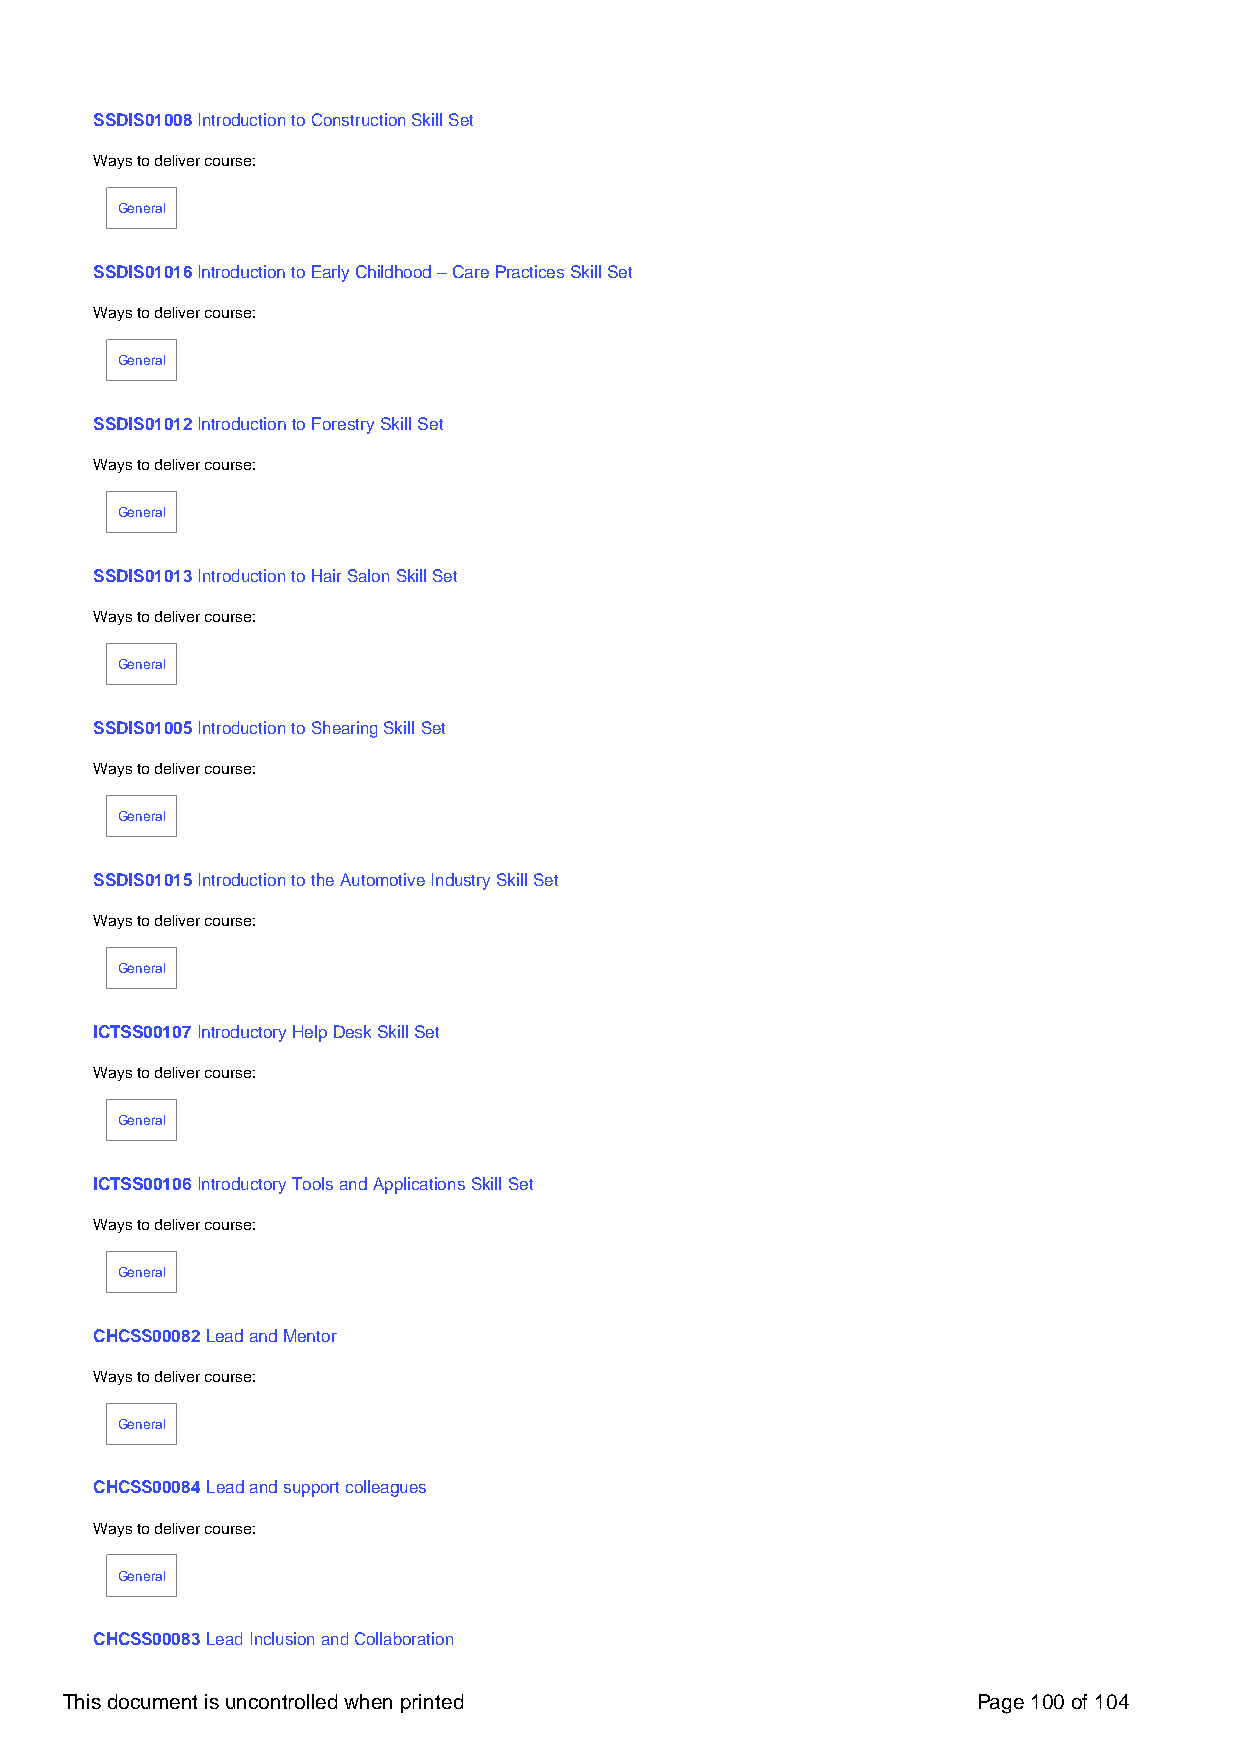
SSDIS01008 Introduction to Construction Skill Set
 Ways to deliver course:
 General
 SSDIS01016 Introduction to Early Childhood – Care Practices Skill Set
 Ways to deliver course:
 General
 SSDIS01012 Introduction to Forestry Skill Set
 Ways to deliver course:
 General
 SSDIS01013 Introduction to Hair Salon Skill Set
 Ways to deliver course:
 General
 SSDIS01005 Introduction to Shearing Skill Set
 Ways to deliver course:
 General
 SSDIS01015 Introduction to the Automotive Industry Skill Set
 Ways to deliver course:
 General
 ICTSS00107 Introductory Help Desk Skill Set
 Ways to deliver course:
 General
 ICTSS00106 Introductory Tools and Applications Skill Set
 Ways to deliver course:
 General
 CHCSS00082 Lead and Mentor
 Ways to deliver course:
 General
 CHCSS00084 Lead and support colleagues
 Ways to deliver course:
 General
 CHCSS00083 Lead Inclusion and Collaboration
 This document is uncontrolled when printed                   Page 100 of 104